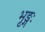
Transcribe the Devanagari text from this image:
भृङ्गः